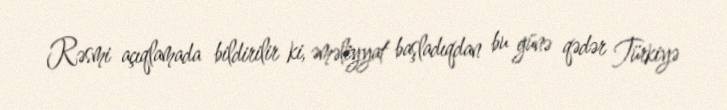
Rəsmi açıqlamada bildirilir ki, əməliyyat başladıqdan bu günə qədər Türkiyə